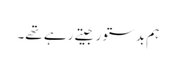
ہم بدستور جیتے رہے تھے۔